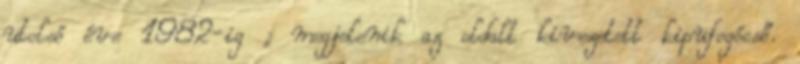
utolsó éve 1982-ig ; megjelenik az oldalt kivezetett kipufogócső.